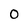
Character: 0